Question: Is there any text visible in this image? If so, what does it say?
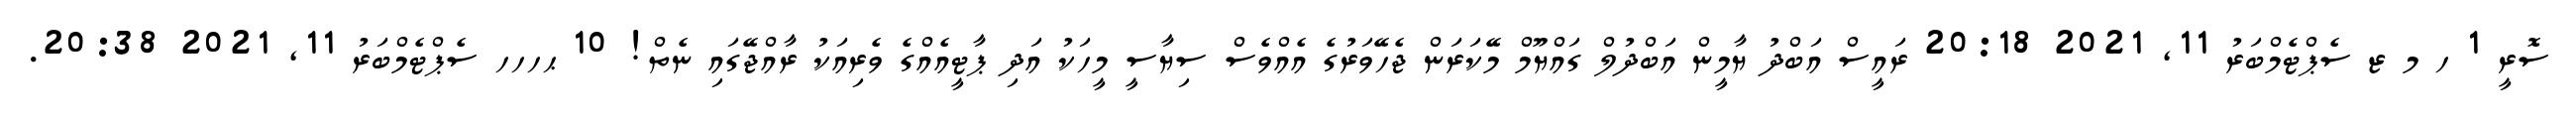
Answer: ސޮރީ 1 ހ މ ޒ ސެޕްޓެމްބަރު 11, 2021 20:18 ރައީސް އަބްދު ޔާމީން އަބްދުލް ގައްޔޫމް މޭކަރަން ޖެހޭވަރުގެ އެއްވެސް ސިޔާސީ މީހަކު އަދި ޕާޓީއެއްގެ ވެރިއަކު ރާއްޖޭގައި ނެތް! 10 ޙހހހ ސެޕްޓެމްބަރު 11, 2021 20:38.